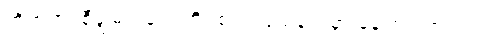
တိဘက်၊ စီချွမ်း၊ ချင်းဟိုင်စတဲ့ ပြည်နယ်မှာ နေကြပါတယ်။